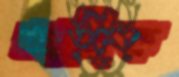
আঙ্গিক